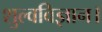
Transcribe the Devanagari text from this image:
शुल्वविज्ञान।